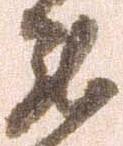
罷